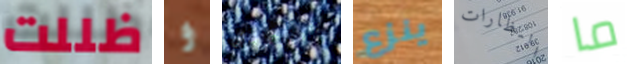
ظللت و بوجودها ينزع النظارات ما